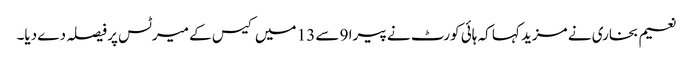
نعیم بخاری نے مزید کہا کہ ہائی کورٹ نے پیرا 9 سے 13 میں کیس کے میرٹس پر فیصلہ دے دیا۔